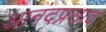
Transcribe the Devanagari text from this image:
आनंदप्रसाद